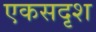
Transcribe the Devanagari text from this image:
एकसदृश